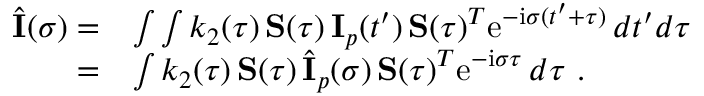
\begin{array} { r l } { \hat { \bf \cal I } ( \sigma ) = } & { \int \int k _ { 2 } ( \tau ) \, { \bf \cal S } ( \tau ) \, { \bf \cal I } _ { p } ( t ^ { \prime } ) \, { \bf \cal S } ( \tau ) ^ { T } \mathrm { e } ^ { - \mathrm { i } \sigma ( t ^ { \prime } + \tau ) } \, d t ^ { \prime } d \tau } \\ { = } & { \int k _ { 2 } ( \tau ) \, { \bf \cal S } ( \tau ) \, \hat { \bf \cal I } _ { p } ( \sigma ) \, { \bf \cal S } ( \tau ) ^ { T } \mathrm { e } ^ { - \mathrm { i } \sigma \tau } \, d \tau \ . } \end{array}